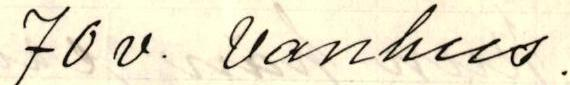
70v. vanhus.